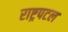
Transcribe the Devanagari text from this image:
राष्ट्रपटल